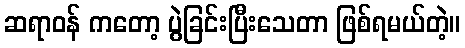
ဆရာဝန် ကတော့ ပွဲခြင်းပြီးသေတာ ဖြစ်ရမယ်တဲ့။